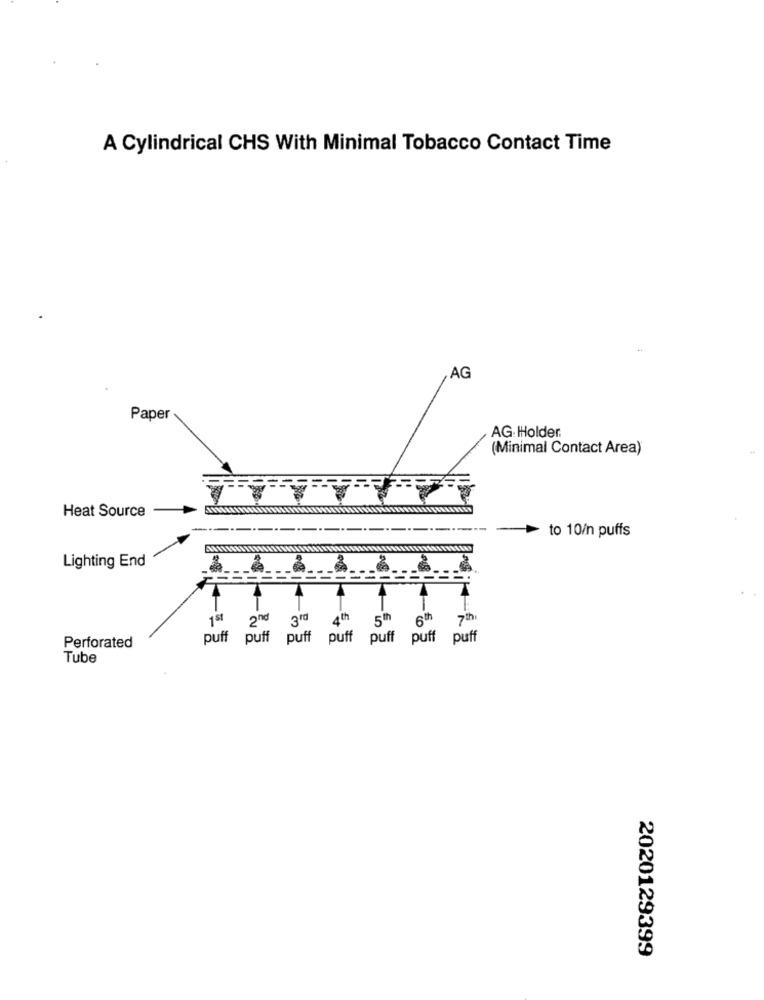
A Cylindrical CHS With Minimal Tobacco Contact Time
AG
Paper
AG Holder.
(Minimal Contact Area)
Heat Source
to 10/n puffs
Lighting End
1st
2nd 3rd
4th
5" 6th
7th
puff
puff puff
puff
puff
puff puff
Perforated
Tube
2020129399